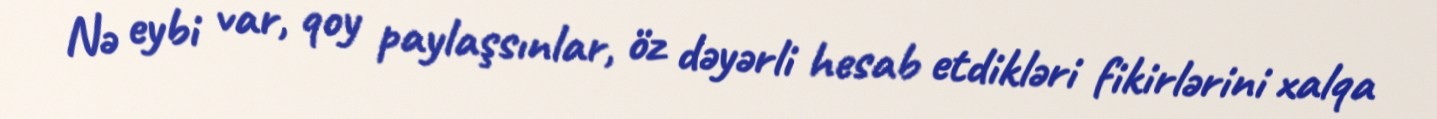
Nə eybi var, qoy paylaşsınlar, öz dəyərli hesab etdikləri fikirlərini xalqa